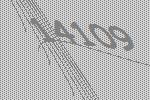
14109